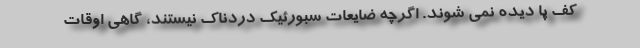
کف پا دیده نمی شوند. اگرچه ضایعات سبورئیک دردناک نیستند، گاهی اوقات